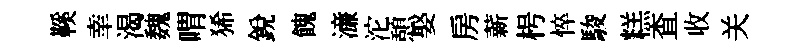
鞵𦍒渴魏喟狶銳餽濓沱憩娶房薪枵悴駿糕查收关